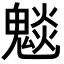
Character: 𮫣